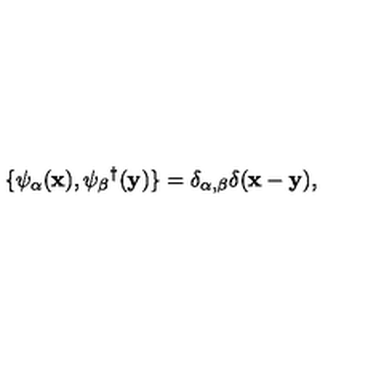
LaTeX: \{ \psi _ { \alpha } ( { \bf x } ) , \psi _ { \beta } { } ^ { \dagger } ( { \bf y } ) \} = \delta _ { \alpha , \beta } \delta ( { \bf x - y } ) ,